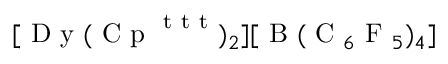
[ \mathrm { ~ D ~ y ~ } ( \mathrm { ~ C ~ p ~ } ^ { \mathrm { ~ t ~ t ~ t ~ } } ) _ { 2 } ] [ \mathrm { ~ B ~ } ( \mathrm { ~ C ~ } _ { 6 } \mathrm { ~ F ~ } _ { 5 } ) _ { 4 } ]